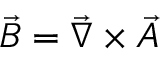
\vec { B } = \vec { \nabla } \times \vec { A }